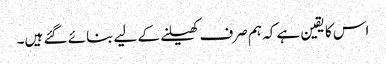
اس کا یقین ہے کہ ہم صرف کھیلنے کے لیے بنائے گئے ہیں۔